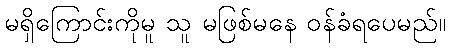
မရှိကြောင်းကိုမူ သူ မဖြစ်မနေ ဝန်ခံရပေမည်။